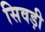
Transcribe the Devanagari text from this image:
सिवड़ी